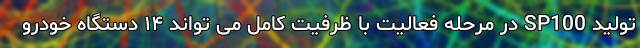
تولید SP100 در مرحله فعالیت با ظرفیت کامل می تواند ۱۴ دستگاه خودرو